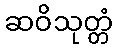
ဆဝိသုတ္တံ